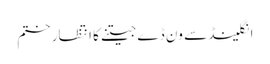
انگلینڈ سے ون ڈے جیتنے کا انتظار ختم